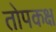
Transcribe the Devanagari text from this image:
तोपकक्ष